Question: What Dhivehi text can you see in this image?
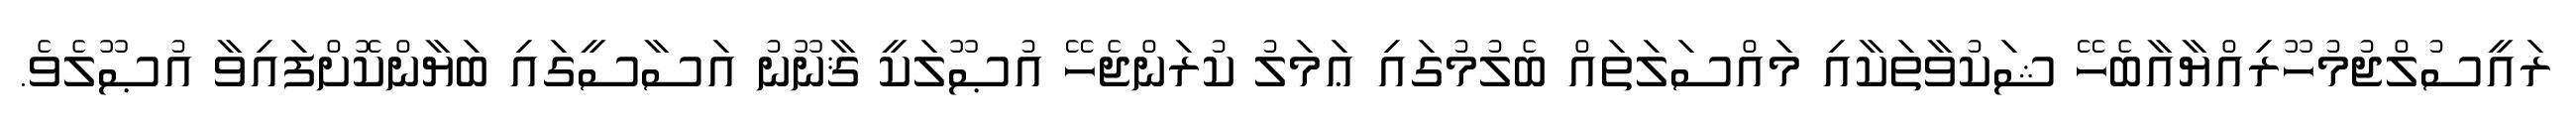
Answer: ރައީސުލްޖުމުހޫރިއްޔާއާބެހޭ ޝަކުވާތަކާއި މައްސަލަތައް ބެލުމުގައި ޢަމަލު ކުރަންޖެހޭ އުޞޫލަކީ ޤާނޫނު އަސާސީގައި ބަޔާންކޮށްފައިވާ އުޞޫލެވެ.